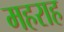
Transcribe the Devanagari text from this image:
महराह